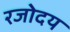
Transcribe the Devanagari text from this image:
रजोदय